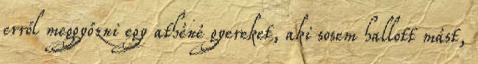
erről meggyőzni egy athéné gyereket, aki sosem hallott mást,